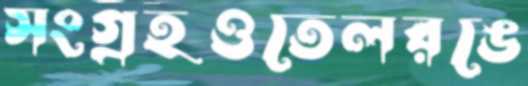
সংগ্রহওতেলরঙে